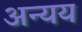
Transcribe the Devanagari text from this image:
अन्यय